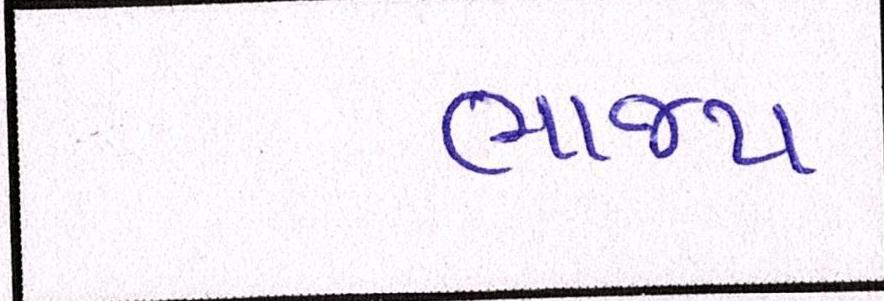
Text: ભાજપ